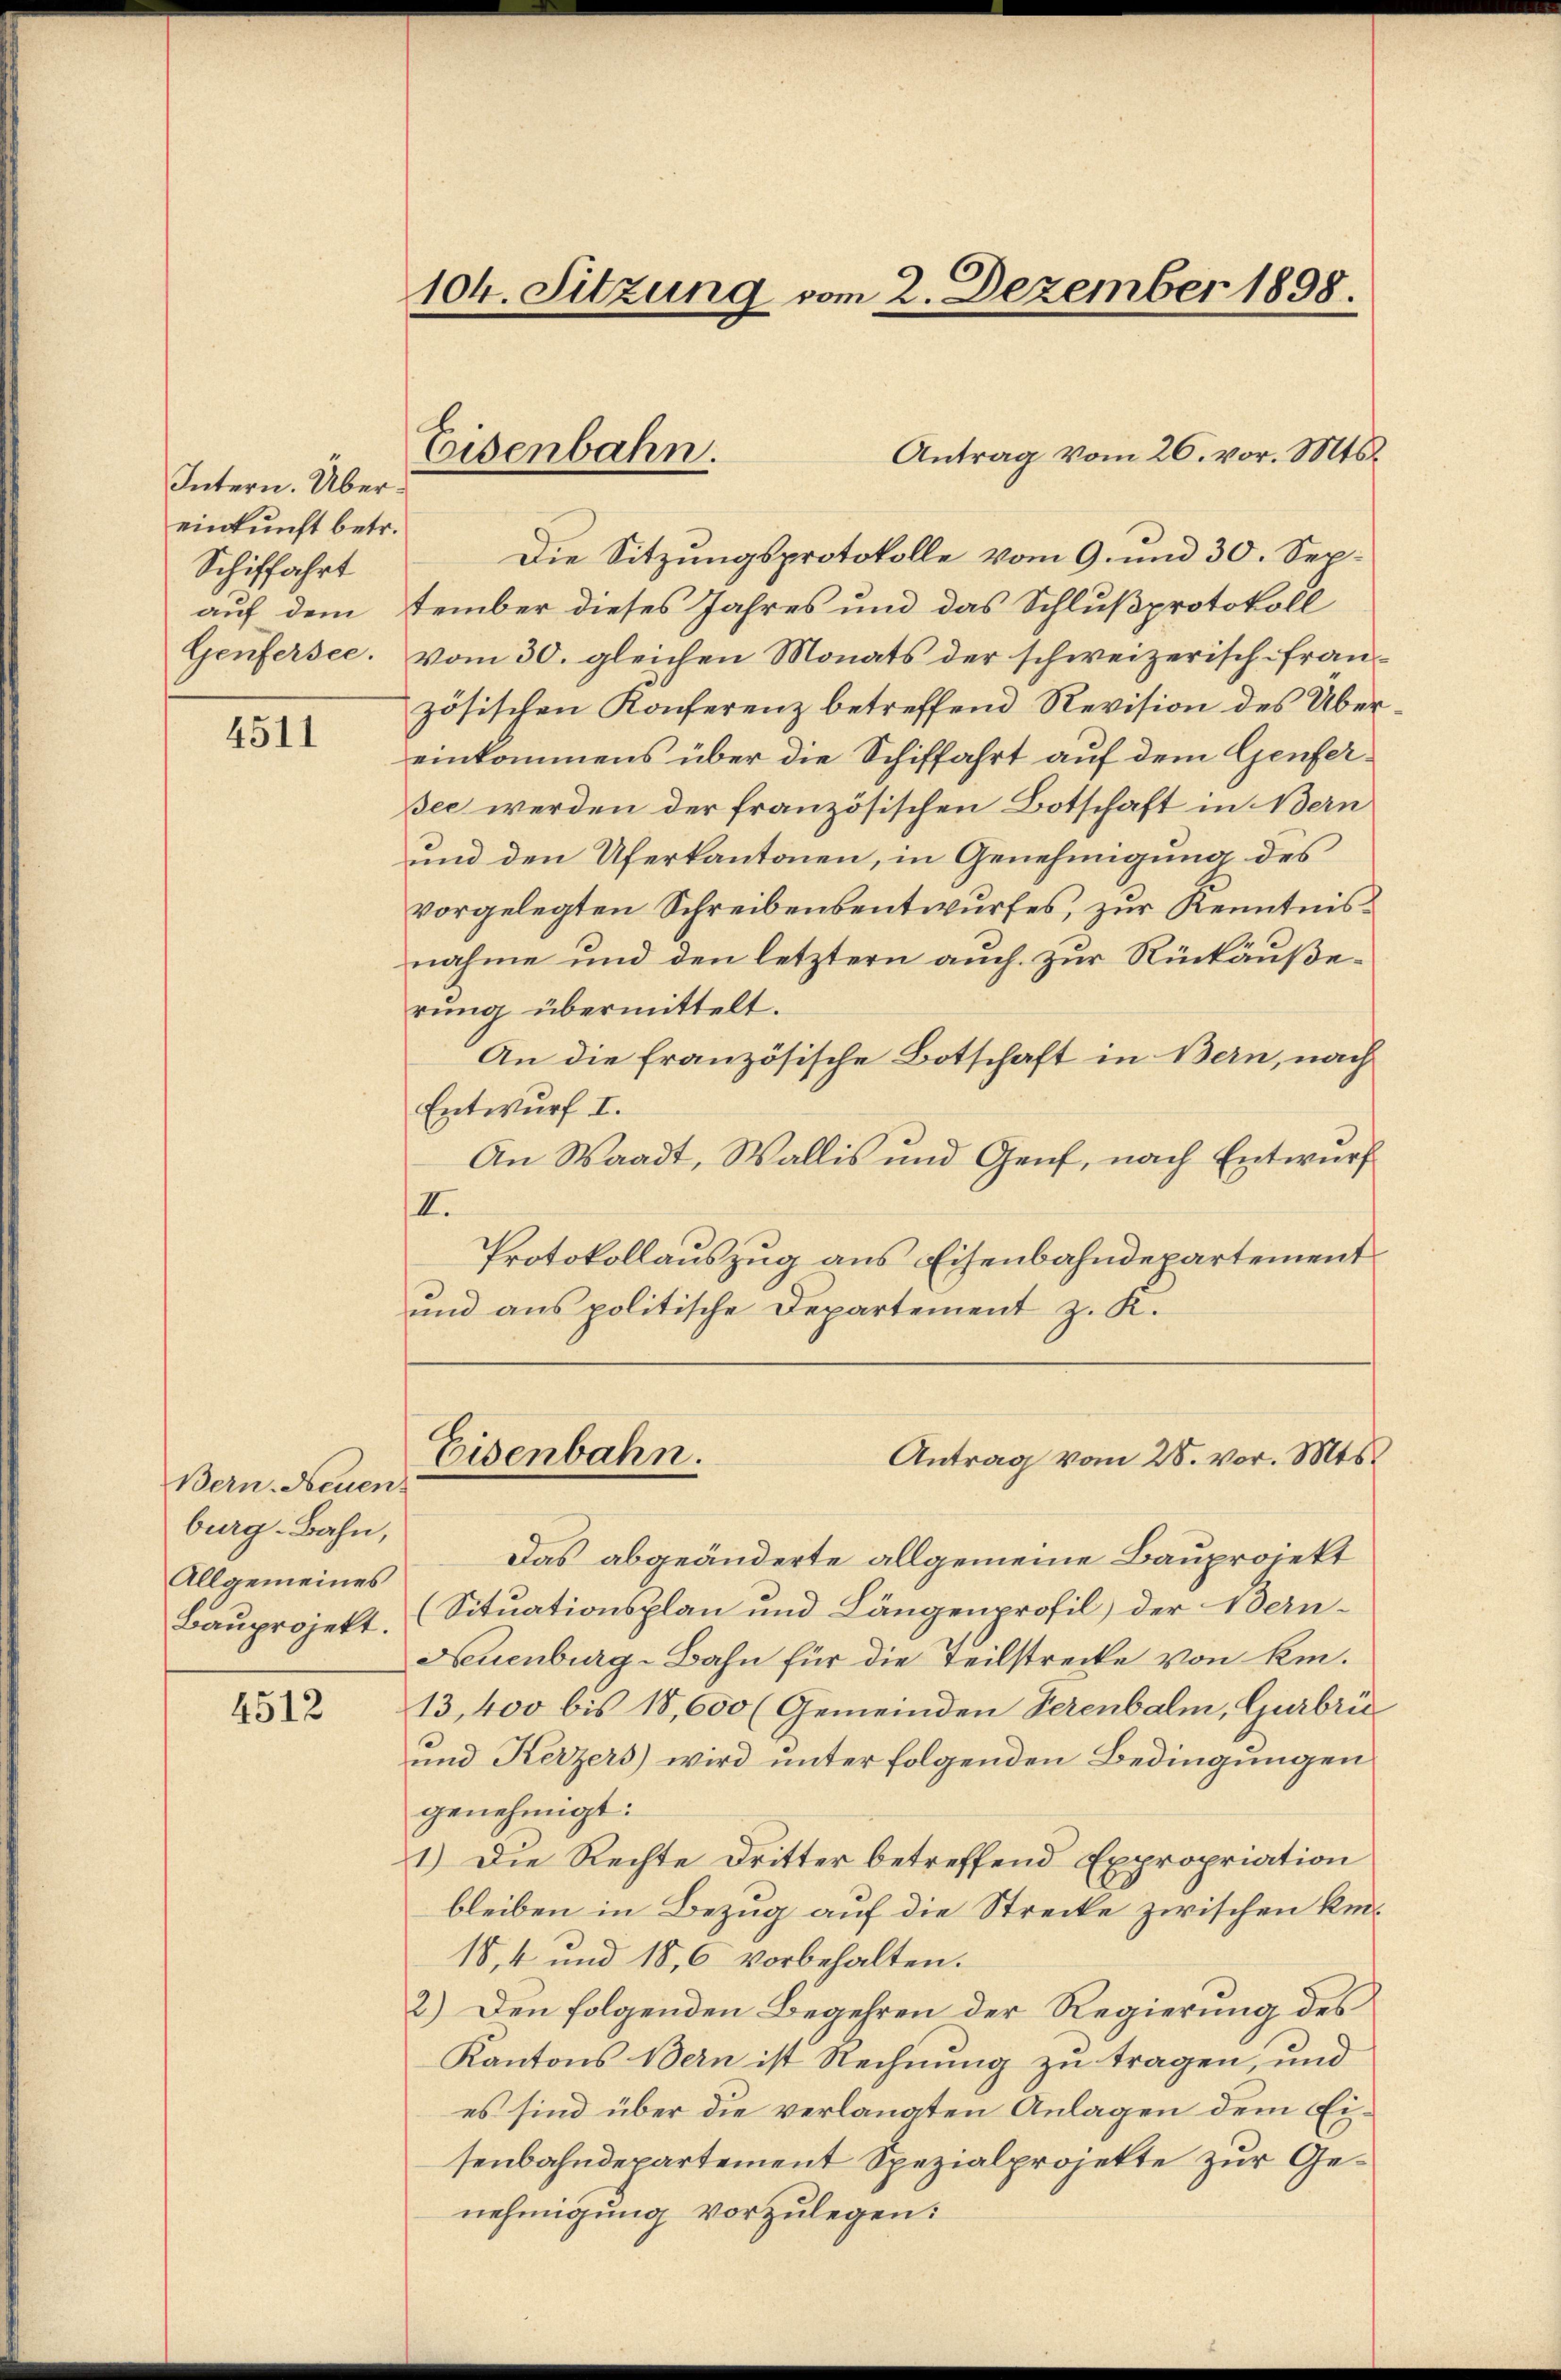
Intern. Übereinkunft betr.
Schiffahrt
auf dem
Genfersee.

4511

Bern. Neuen.
burg. Bahn,
Allgemeines
Bauprojekt.

4512

104. Sitzung vom 2. Dezember 1898.

Antrag vom 26. vor. Mts.
Die Sitzungsprotokolle vom 9. und 30. Sep.
tember dieses Jahres und das Schlußprotokoll
vom 30. gleichen Monats der schweizerisch-Französischen Konferenz betreffend Revision des Übereinkommens über die Schiffahrt auf dem Genfersec werden der französischen Botschaft in Bern
und den Uferkantonen, in Genehmigung des
vorgelegten Schreibensentwurfes, zur Kenntnisnahme und den letztern auch zur Rückäußerung übermittelt.
An die französische Botschaft in Bern, nach
Entwurf I.
An Waadt, Wallis und Genf, nach Entwurf
II.
Protokollauszug aus Eisenbahndepartement
und aus politische Departement z. K.

Eisenbahn.

Das abgeänderte allgemeine Bauprojekt
(Situationsplan und Längenprofil) der Vern¬
Neuenburg-Bahn für die Teilstrecke von kin¬
13,400 bis 18,000 (Gemeinden Serenbalm, Gurbri
und Kerzers) wird unter folgenden Bedingungen
genehmigt:
1.) Die Rechte Dritter betreffend Expropriation
bleiben in Bezug auf die Strecke zwischen Kin¬
18, 4 und 18,6 vorbehalten.
2.) Den folgenden Begehren der Regierung des
Kantons Bern ist Rechnung zu tragen, und
es sind über die verlangten Anlagen dem Eisenbahndepartement Spezialprojekte zur Genehmigung vorzulegen:

Eisenbahn.

Antrag vom 28. vor. Mts.